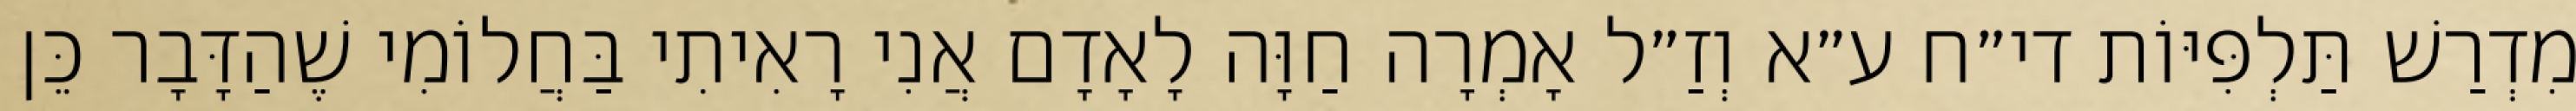
מִדְרַשׁ תַּלְפִּיּוֹת די״ח ע״א וְזַ״ל אָמְרָה חַוָּה לָאָדָם אֲנִי רָאִיתִי בַּחֲלוֹמִי שֶׁהַדָּבָר כֵּן